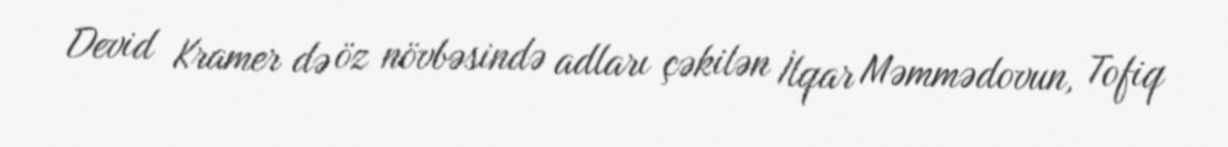
Devid Kramer də öz növbəsində adları çəkilən İlqar Məmmədovun, Tofiq